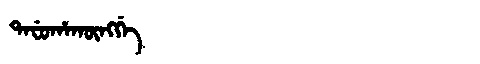
Manchu: ᡨᠠᠸᡠᡥᠠᡴᡡᠩᡤᡝ
Romanization: TAFUHAKŪNGGE